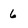
Character: 6